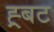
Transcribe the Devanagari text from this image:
ह्र्बट